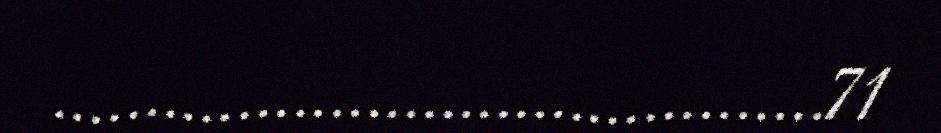
..........................................71